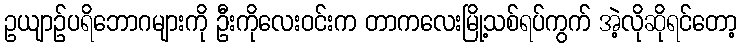
ဥယျာဉ်ပရိဘောဂများကို ဦးကိုလေးဝင်းက တာကလေးမြို့သစ်ရပ်ကွက် အဲ့လိုဆိုရင်တော့